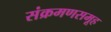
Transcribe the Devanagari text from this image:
संक्रमणसमूह